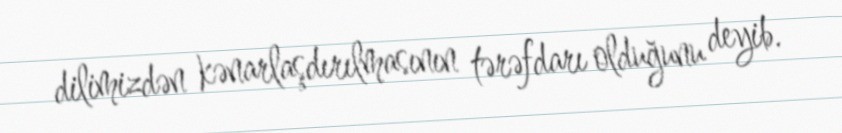
dilimizdən kənarlaşdırılmasının tərəfdarı olduğunu deyib.